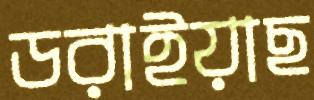
ডরাইয়াছ